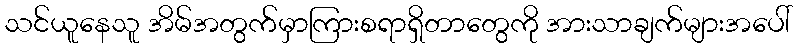
သင်ယူနေသူ အိမ်အတွက်မှာကြားစရာရှိတာတွေကို အားသာချက်များအပေါ်